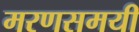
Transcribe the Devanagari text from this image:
मरणसमयी